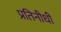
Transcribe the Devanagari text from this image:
प्रतिनीधी